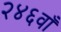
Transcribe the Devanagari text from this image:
२४६वाँ